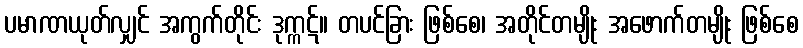
ပမာဏယုတ်လျှင် အကွက်တိုင်း ဒုက္ကဋ်။ တပင်ခြား ဖြစ်စေ၊ အတိုင်တမျိုး အဖောက်တမျိုး ဖြစ်စေ